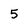
Character: 5